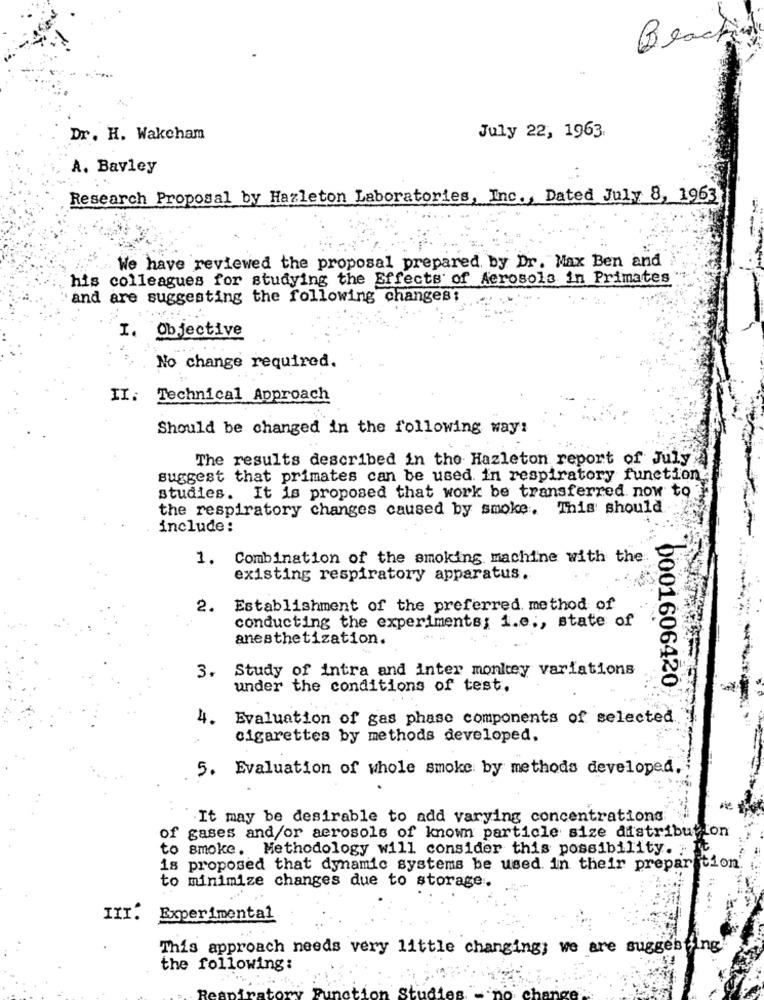
Beach
Dr. H. Wakcham
July 22, 1963
A. Bavley
Research Proposal by Hazleton Laboratories, Inc ., Dated July 8, 1963
... We have reviewed the proposal prepared by Dr. Max Ben and
his colleagues for studying the Effects of Aerosols in Primates
and are suggesting the following changes;
I. Objective
No change required.
II:
Technical Approach
Should be changed in the following way!
The results described in the Hazleton report of July"
suggest that primates can be used. in respiratory function
studies. It is proposed that work be transferred. now to?
the respiratory changes caused by smoke. This should
include:
1. Combination of the smoking machine with the
existing respiratory apparatus.
2. Establishment of the preferred method of
conducting the experiments; i.e ., state of
anesthetization.
3. Study of intra and inter monkey variations
under the conditions of test.
0001606420
4.
Evaluation of gas phase components of selected.
cigarettes by methods developed.
5. Evaluation of whole smoke by methods developed,
.It may be desirable to add varying concentrations
of gases and/or aerosols of known particle size distribution
smoke. Methodology will consider this possibility.
is proposed that dynamic systems be used. in their prepar tion.
to minimize changes due to storage.
III.
Experimental
This approach needs very little changing; we are suggesting
the following: